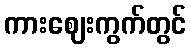
ကားဈေးကွက်တွင်